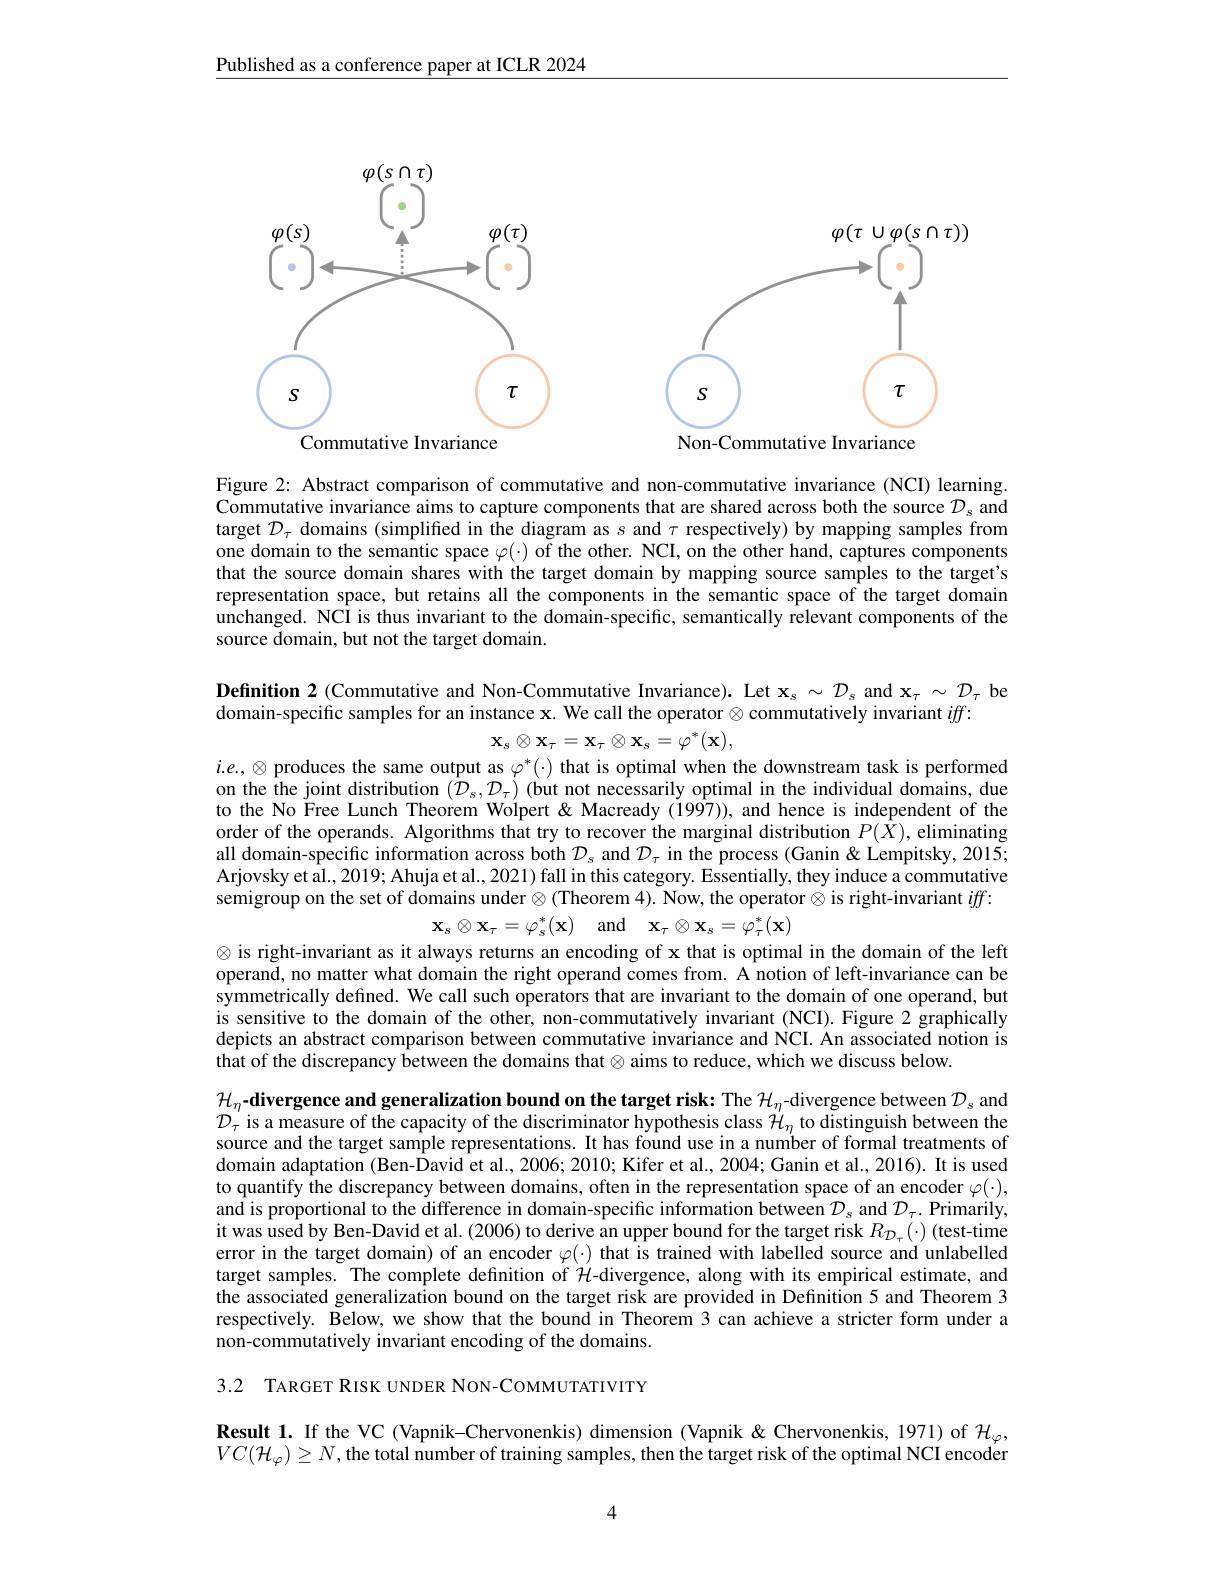
Published as a conference paper at ICLR 2024

<FigureHere>

Figure 2: Abstract comparison of commutative and non-commutative invariance (NCI) learning. Commutative invariance aims to capture components that are shared across both the source $\mathcal{D}_s$ and target $\mathcal{D}_\tau$ domains (simplified in the diagram as $s$ and $\tau$ respectively) by mapping samples from one domain to the semantic space $\varphi(\cdot)$ of the other. NCI, on the other hand, captures components that the source domain shares with the target domain by mapping source samples to the target's representation space, but retains all the components in the semantic space of the target domain unchanged. NCI is thus invariant to the domain-specific, semantically relevant components of the source domain, but not the target domain.

Definition 2 (Commutative and Non-Commutative Invariance). Let $\mathbf{x}_s\sim\mathcal{D}_s$ and $\mathbf{x}_\tau\sim\mathcal{D}_\tau$ be
domain-specific samples for an instance x. We call the operator $\otimes$ commutatively invariant $iff:$
$$\mathbf{x}_{s}\otimes\mathbf{x}_{\tau}=\mathbf{x}_{\tau}\otimes\mathbf{x}_{s}=\varphi^{*}(\mathbf{x}),$$
$i.e.,\otimes$ produces the same output as $\varphi^*(\cdot)$ that is optimal when the downstream task is performed on the the joint distribution $(\bar{\mathcal{D}}_s,\mathcal{D}_\tau)$ (but not necessarily optimal in the individual domains, due to the No Free Lunch Theorem Wolpert& Macready (1997)), and hence is independent of the order of the operands. Algorithms that try to recover the marginal distribution $P(\hat{X})$, eliminating all domain-specific information across both $\mathcal{D}_s$ and $\mathcal{D}_\tau$ in the process (Ganin & Lempitsky, 2015; Arjovsky et al., 2019; Ahuja et al., 2021) fall in this category. Essentially, they induce a commutative semigroup on the set of domains under $\otimes($Theorem 4). Now, the operator $\otimes$ is right-invariant $iff:$
$$\mathbf{x}_{s}\otimes\mathbf{x}_{\tau}=\varphi_{s}^{*}(\mathbf{x})\quad\mathrm{and}\quad\mathbf{x}_{\tau}\otimes\mathbf{x}_{s}=\varphi_{\tau}^{*}(\mathbf{x})$$
$\otimes$ is right-invariant as it always returns an encoding of x that is optimal in the domain of the left operand, no matter what domain the right operand comes from. A notion of left-invariance can be symmetrically defined. We call such operators that are invariant to the domain of one operand, but is sensitive to the domain of the other, non-commutatively invariant (NCI). Figure 2 graphically depicts an abstract comparison between commutative invariance and NCI. An associated notion is $\hat{\text{that of the discrepancy between the domains that }}\otimes$aims to reduce, which we discuss below.

$\mathcal{H}_\eta$-divergence and generalization bound on the target risk: The $\mathcal{H}_\eta$-divergence between $\mathcal{D}_s$ and $\mathcal{D}_{\tau}^{\prime}$is a measure of the capacity of the discriminator hypothesis class $\mathcal{H}_\eta$ to distinguish between the source and the target sample representations. It has found use in a number of formal treatments of domain adaptation (Ben-Ôavid et al., 2006; 2010; Kifer et al., 2004; Ganin et al., 2016). It is used to quantify the discrepancy between domains, often in the representation space of an encoder $\varphi(\cdot)$, and is proportional to the difference in domain-specific information between $\mathcal{D}_s$ and $\mathcal{D}_\tau.$ Primarily, it was used by Ben-David et al. (2006) to derive an upper bound for the target risk $R_{\mathcal{D}_\tau}(\cdot)$ (test-time error in the target domain) of an encoder $\varphi(\cdot)$ that is trained with labelled source and unlabelled target samples. The complete definition of $\mathcal{H}$-divergence, along with its empirical estimate, and the associated generalization bound on the target risk are provided in Definition 5 and Theorem 3 respectively. Below, we show that the bound in Theorem 3 can achieve a stricter form under a non-commutatively invariant encoding of the domains.

3.2 TARGET RISK UNDER NON-COMMUTATIVITY

$\textbf{Result 1. If the VC ( Vapnik- Chervonenkis) dimension ( Vapnik < Chervonenkis, 1971) of }\mathcal{H} _{\varphi }$, $VC(\mathcal{H}_\varphi)\geq N$,the total number of training samples, then the target risk of the optimal NCI encoder

4